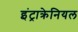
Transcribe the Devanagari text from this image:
इंट्राक्रेनियल